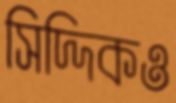
সিদ্দিকও